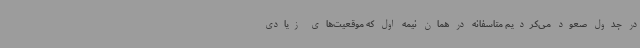
در جدول صعود می‌کردیم متاسفانه در همان نیمه اول که موقعیت‌های زیادی